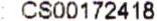
: CS00172418